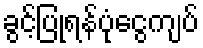
ခွင့်ပြုရန်ပုံငွေကျပ်